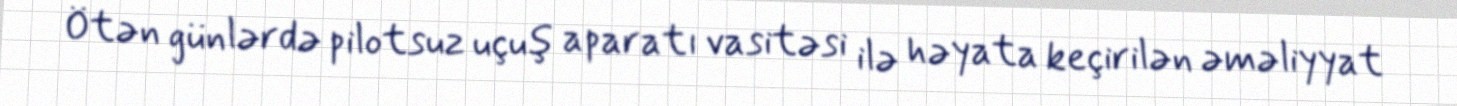
Ötən günlərdə pilotsuz uçuş aparatı vasitəsi ilə həyata keçirilən əməliyyat